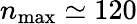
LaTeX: n_{\mathrm{max}}\simeq 120